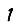
Digit: 1